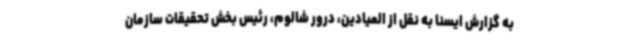
به گزارش ایسنا به نقل از المیادین، درور شالوم، رئیس بخش تحقیقات سازمان